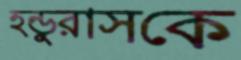
হন্ডুরাসকে